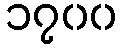
၁၇၀၀